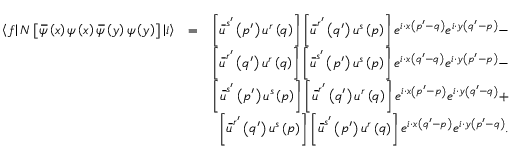
\begin{array} { r l r } { \left\langle f \right\vert N \left[ \, \overline { { \! { \psi } } } \left( x \right) \psi \left( x \right) \, \overline { { \! { \psi } } } \left( y \right) \psi \left( y \right) \right] \left\vert i \right\rangle } & { = } & { \left[ \, \overline { { \! { u } } } ^ { s ^ { \prime } } \left( p ^ { \prime } \right) u ^ { r } \left( q \right) \right] \left[ \, \overline { { \! { u } } } ^ { r ^ { \prime } } \left( q ^ { \prime } \right) u ^ { s } \left( p \right) \right] e ^ { i \cdot x \left( p ^ { \prime } - q \right) } e ^ { i \cdot y \left( q ^ { \prime } - p \right) } - } \\ & { } & { \left[ \, \overline { { \! { u } } } ^ { r ^ { \prime } } \left( q ^ { \prime } \right) u ^ { r } \left( q \right) \right] \left[ \, \overline { { \! { u } } } ^ { s ^ { \prime } } \left( p ^ { \prime } \right) u ^ { s } \left( p \right) \right] e ^ { i \cdot x \left( q ^ { \prime } - q \right) } e ^ { i \cdot y \left( p ^ { \prime } - p \right) } - } \\ & { } & { \left[ \, \overline { { \! { u } } } ^ { s ^ { \prime } } \left( p ^ { \prime } \right) u ^ { s } \left( p \right) \right] \left[ \, \overline { { \! { u } } } ^ { r ^ { \prime } } \left( q ^ { \prime } \right) u ^ { r } \left( q \right) \right] e ^ { i \cdot x \left( p ^ { \prime } - p \right) } e ^ { i \cdot y \left( q ^ { \prime } - q \right) } + } \\ & { } & { \left[ \, \overline { { \! { u } } } ^ { r ^ { \prime } } \left( q ^ { \prime } \right) u ^ { s } \left( p \right) \right] \left[ \, \overline { { \! { u } } } ^ { s ^ { \prime } } \left( p ^ { \prime } \right) u ^ { r } \left( q \right) \right] e ^ { i \cdot x \left( q ^ { \prime } - p \right) } e ^ { i \cdot y \left( p ^ { \prime } - q \right) } . } \end{array}